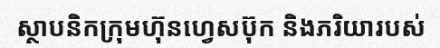
ស្ថាបនិកក្រុមហ៊ុនហ្វេសប៊ុក និងភរិយារបស់